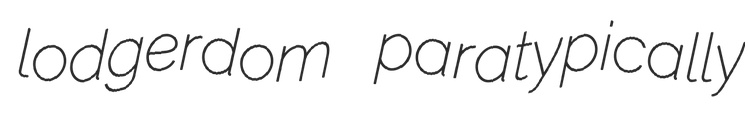
lodgerdom paratypically